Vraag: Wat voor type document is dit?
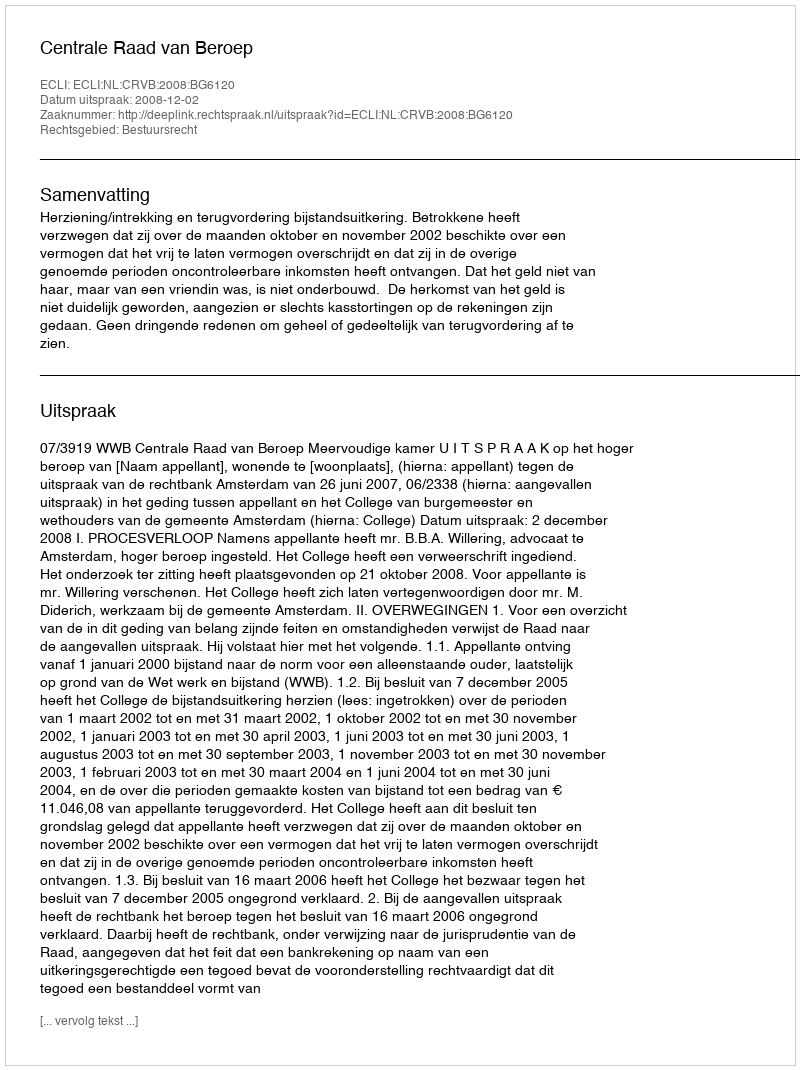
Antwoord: Uitspraak